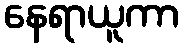
နေရာယူကာ